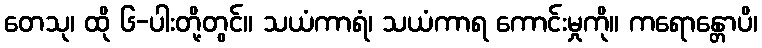
တေသု၊ ထို ၆-ပါးတို့တွင်။ သယံကာရံ၊ သယံကာရ ကောင်းမှုကို။ ကရောန္တောပိ၊